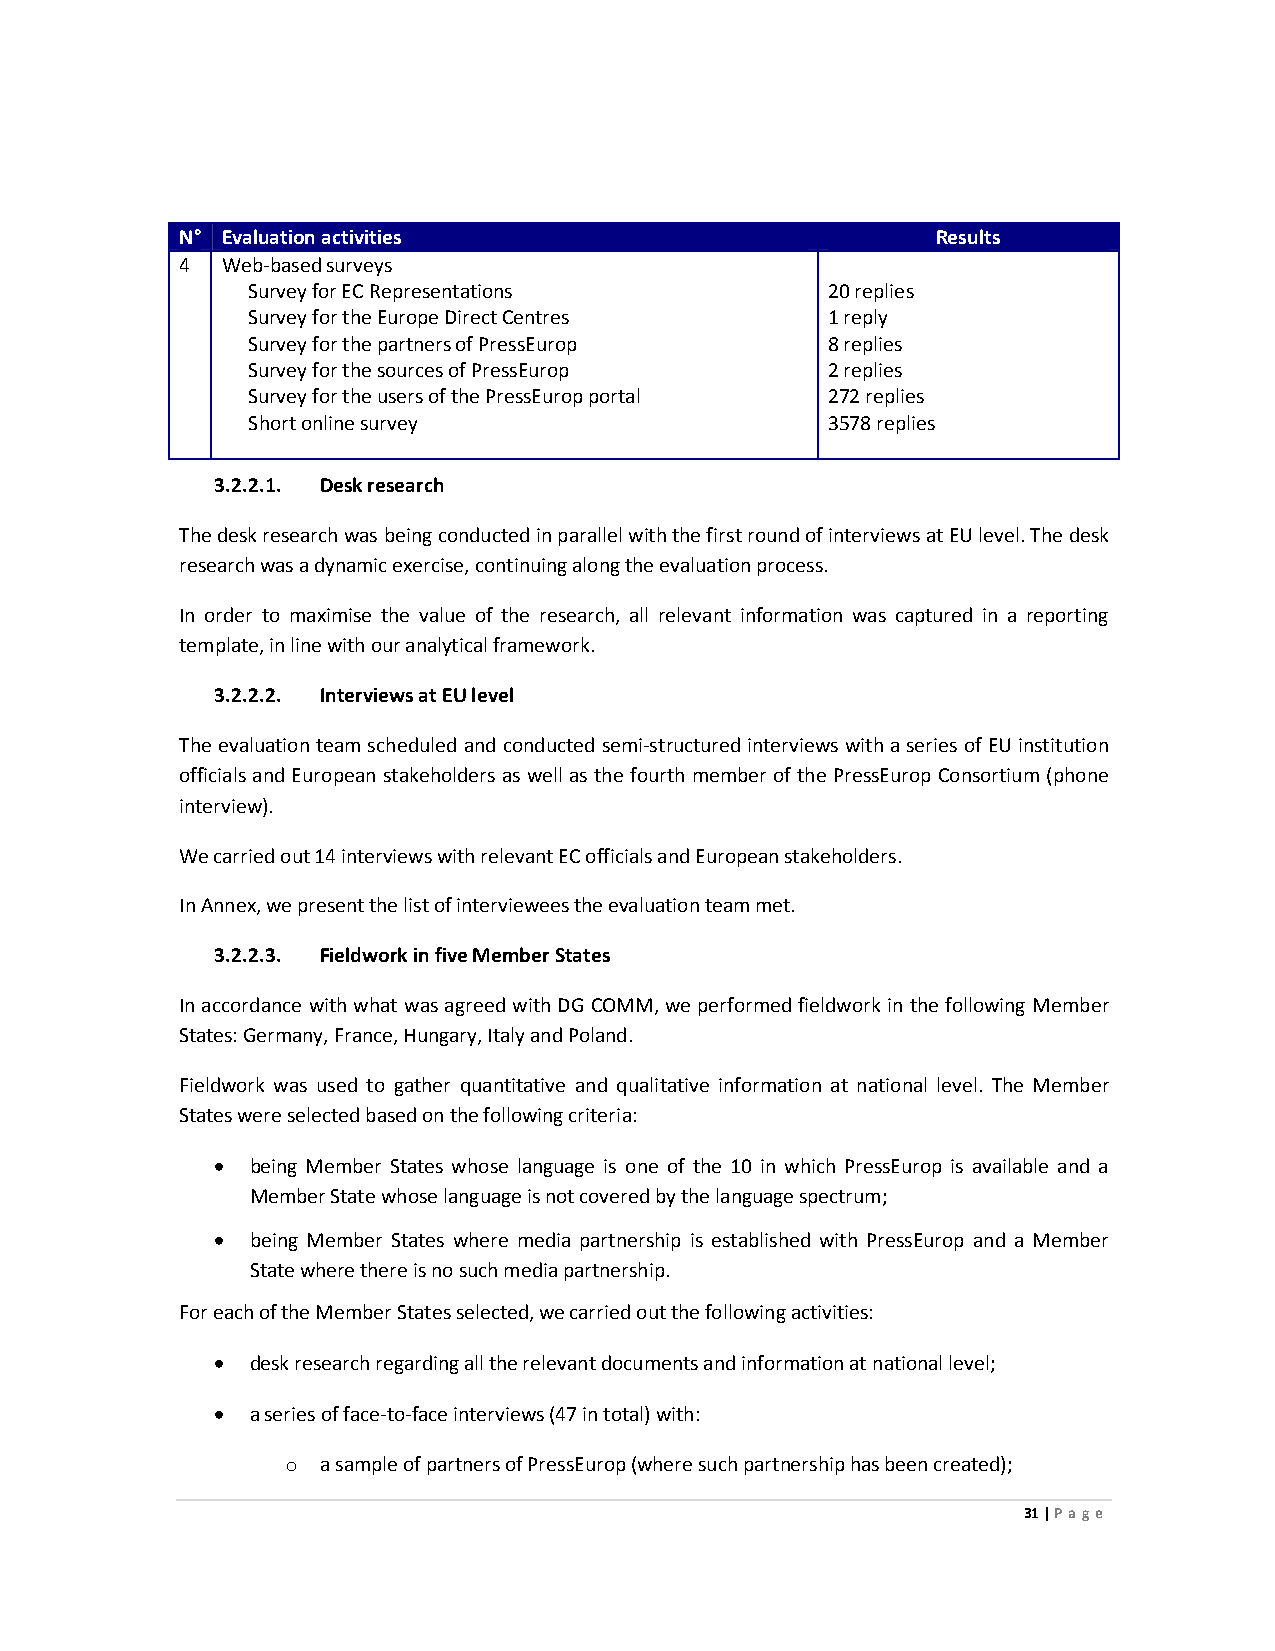
N° Evaluation activities                          Results
 4  Web-based surveys
 Survey for EC Representations          20 replies
 Survey for the Europe Direct Centres   1 reply
 Survey for the partners of PressEurop  8 replies
 Survey for the sources of PressEurop   2 replies
 Survey for the users of the PressEurop portal 272 replies
 Short online survey                    3578 replies
 3.2.2.1. Desk research
 The desk research was being conducted in parallel with the first round of interviews at EU level. The desk
 research was a dynamic exercise, continuing along the evaluation process.
 In order to maximise the value of the research, all relevant information was captured in a reporting
 template, in line with our analytical framework.
 3.2.2.2. Interviews at EU level
 The evaluation team scheduled and conducted semi-structured interviews with a series of EU institution
 officials and European stakeholders as well as the fourth member of the PressEurop Consortium (phone
 interview).
 We carried out 14 interviews with relevant EC officials and European stakeholders.
 In Annex, we present the list of interviewees the evaluation team met.
 3.2.2.3. Fieldwork in five Member States
 In accordance with what was agreed with DG COMM, we performed fieldwork in the following Member
 States: Germany, France, Hungary, Italy and Poland.
 Fieldwork was used to gather quantitative and qualitative information at national level. The Member
 States were selected based on the following criteria:
 •  being Member States whose language is one of the 10 in which PressEurop is available and a
 Member State whose language is not covered by the language spectrum;
 •  being Member States where media partnership is established with PressEurop and a Member
 State where there is no such media partnership.
 For each of the Member States selected, we carried out the following activities:
 •  desk research regarding all the relevant documents and information at national level;
 •  a series of face-to-face interviews (47 in total) with:
 o a sample of partners of PressEurop (where such partnership has been created);
 31 | Page